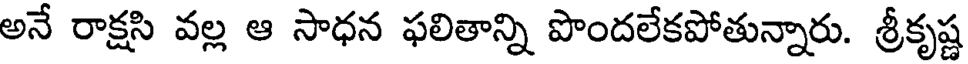
అనే రాక్షసి వల్ల ఆ సాధన ఫలితాన్ని పొందలేకపోతున్నారు. శ్రీకృష్ణ